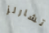
تشارلز